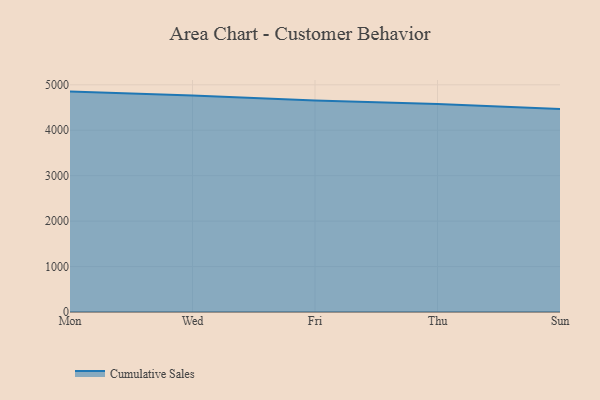
{"axis": {"x": "Day", "y": "Gross Profit (USD K)"}, "legend": ["Cumulative Sales"], "data": [{"x": "Mon", "y": 4850.3, "type": "Cumulative Sales"}, {"x": "Wed", "y": 4764.2, "type": "Cumulative Sales"}, {"x": "Fri", "y": 4653.8, "type": "Cumulative Sales"}, {"x": "Thu", "y": 4577.5, "type": "Cumulative Sales"}, {"x": "Sun", "y": 4468.0, "type": "Cumulative Sales"}]}